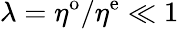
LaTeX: \lambda=\eta^{\mathrm{o}}/\eta^{\mathrm{e}}\ll 1